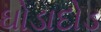
ઘોડાદોડ